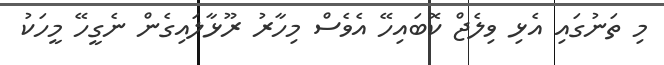
މި ތަނުގައި އެޅި ވިލެޖް ކޮބައިހޭ އެވެސް މިހާރު ރޫޅާލައިގެން ނެގީހޭ މީހަކު